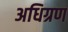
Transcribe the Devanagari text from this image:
अधिग्रण